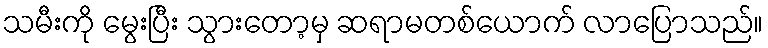
သမီးကို မွေးပြီး သွားတော့မှ ဆရာမတစ်ယောက် လာပြောသည်။